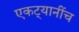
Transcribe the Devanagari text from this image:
एकट्यानींच